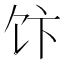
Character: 𱃴